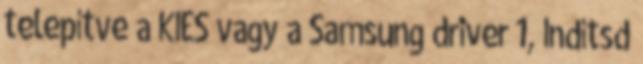
telepítve a KIES vagy a Samsung driver 1, Indítsd